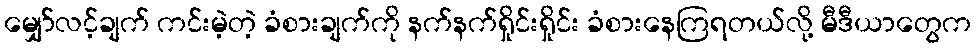
မျှော်လင့်ချက် ကင်းမဲ့တဲ့ ခံစားချက်ကို နက်နက်ရှိုင်းရှိုင်း ခံစားနေကြရတယ်လို့ မီဒီယာတွေက